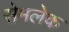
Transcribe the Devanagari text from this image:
सेमलेक